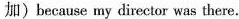
加)because my director was there.